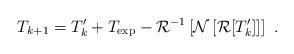
LaTeX: \begin{align*}T_{k+1} = T_k^\prime + T_{\exp} - {\cal R}^{-1} \left[ {\cal N}\left[ {\cal R}[T_k^\prime] \right] \right] \ .\end{align*}